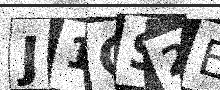
Text: J1GS2E